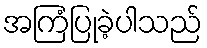
အကြံပြုခဲ့ပါသည်